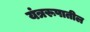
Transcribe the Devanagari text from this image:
यंत्ररूपातील